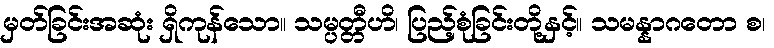
မှတ်ခြင်းအဆုံး ရှိကုန်သော။ သမ္ပတ္တီဟိ၊ ပြည့်စုံခြင်းတို့နှင့်။ သမန္နာဂတော စ၊